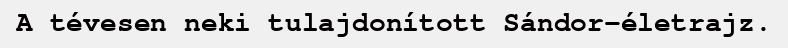
A tévesen neki tulajdonított Sándor-életrajz.